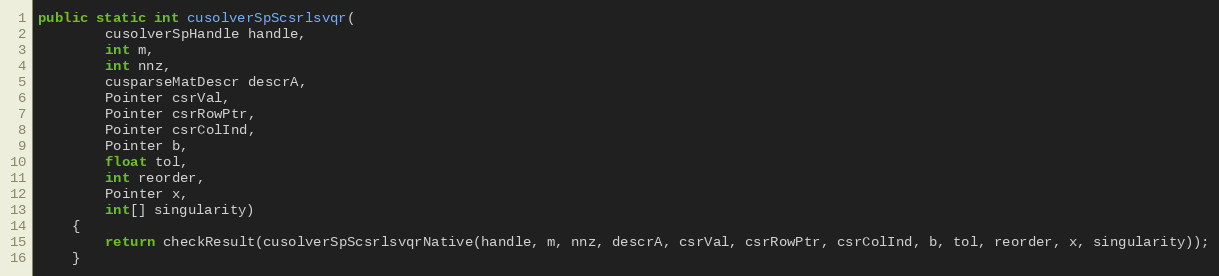
Language: Java
public static int cusolverSpScsrlsvqr(
        cusolverSpHandle handle,
        int m,
        int nnz,
        cusparseMatDescr descrA,
        Pointer csrVal,
        Pointer csrRowPtr,
        Pointer csrColInd,
        Pointer b,
        float tol,
        int reorder,
        Pointer x,
        int[] singularity)
    {
        return checkResult(cusolverSpScsrlsvqrNative(handle, m, nnz, descrA, csrVal, csrRowPtr, csrColInd, b, tol, reorder, x, singularity));
    }